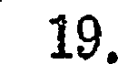
19.